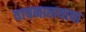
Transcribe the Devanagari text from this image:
वाचनालयाचा